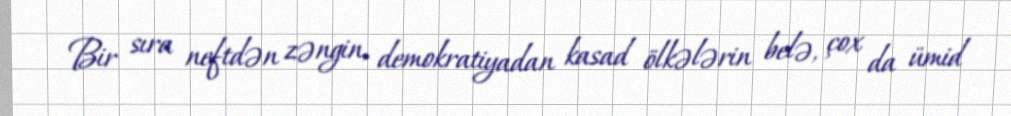
Bir sıra neftdən zəngin, demokratiyadan kasad ölkələrin belə, çox da ümid